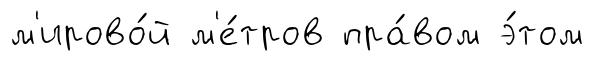
м'ирово́й м'е́тров пра́вом э́том